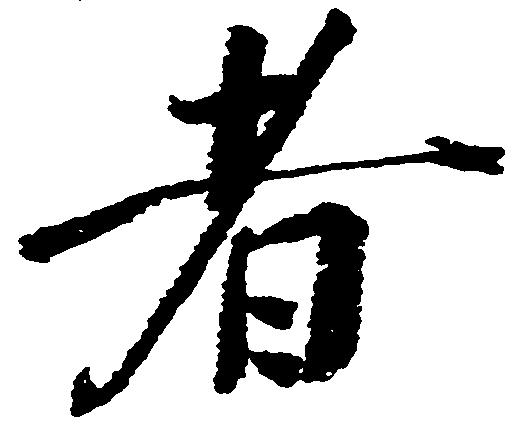
者